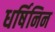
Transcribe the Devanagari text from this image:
धर्षिनिन